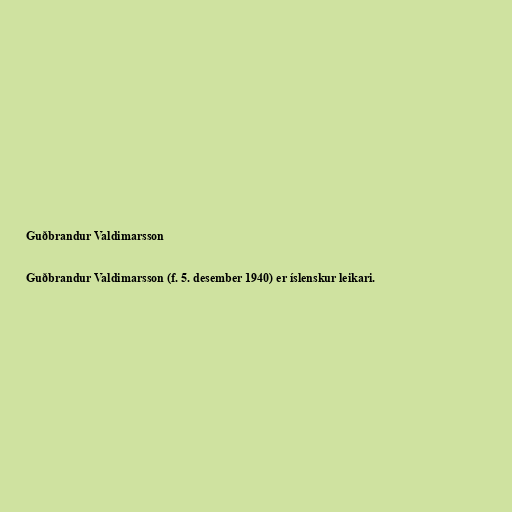
Guðbrandur Valdimarsson

Guðbrandur Valdimarsson (f. 5. desember 1940) er íslenskur leikari.